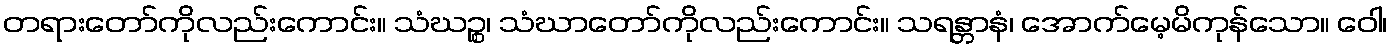
တရားတော်ကိုလည်းကောင်း။ သံဃဉ္စ၊ သံဃာတော်ကိုလည်းကောင်း။ သရန္တာနံ၊ အောက်မေ့မိကုန်သော။ ဝေါ၊